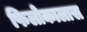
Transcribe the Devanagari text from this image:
फिलोकालास